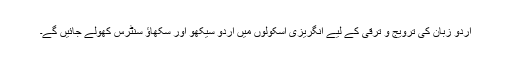
اردو زبان کی ترویج و ترقی کے لیے انگریزی اسکولوں میں اردو سیکھو اور سکھاؤ سنٹرس کھولے جائیں گے۔